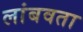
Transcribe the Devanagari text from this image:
लांबवता